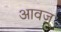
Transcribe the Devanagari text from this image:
आवज़